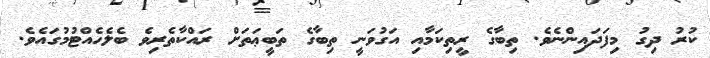
ކުރު ދިގު މިފަދައިންނެވެ. ތިބާގެ ރީތިކަމާއި އަގުވަނީ ތިބާގެ ތަބީޢަތަށް ރައްކާތެރިވެ ބެލެހެއްޓުމުގައެވެ.